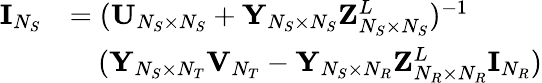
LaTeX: \begin{array}{rl}{{\mathbf{I}}_{N_{S}}}&{=({\mathbf{U}}_{N_{S}\times N_{S}}+{\mathbf{Y}}_{N_{S}\times N_{S}}{\mathbf{Z}}_{N_{S}\times N_{S}}^{L})^{-1}}\\ &{\quad({\mathbf{Y}}_{N_{S}\times N_{T}}{\mathbf{V}}_{N_{T}}-{\mathbf{Y}}_{N_{S}\times N_{R}}{\mathbf{Z}}_{N_{R}\times N_{R}}^{L}{\mathbf{I}}_{N_{R}})}\end{array}